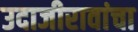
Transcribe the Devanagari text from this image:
उदाजीरावांचा